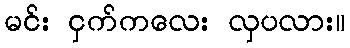
မင်း ငှက်ကလေး လှပလား။